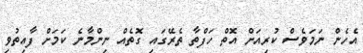
އެހެން ނަމަވެސް ކުރިއަށް އޮތް ހަފްތާ ތެރޭގައި ގޮތެއް ނިންމާނެ ކަމަށް ފާއިތުވި